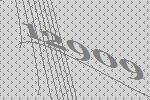
12909